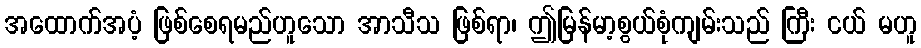
အထောက်အပံ့ ဖြစ်စေရမည်ဟူသော အာသီသ ဖြစ်ရာ၊ ဤမြန်မာ့စွယ်စုံကျမ်းသည် ကြီး ငယ် မဟူ